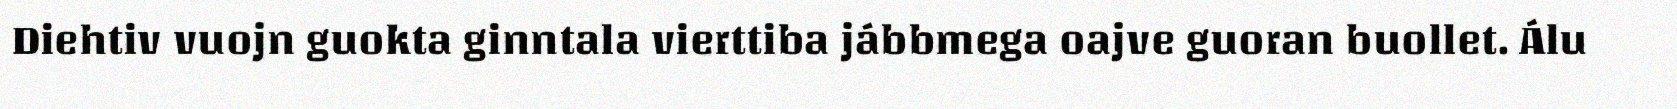
Diehtiv vuojn guokta ginntala vierttiba jábbmega oajve guoran buollet. Álu